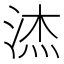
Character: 𮳉